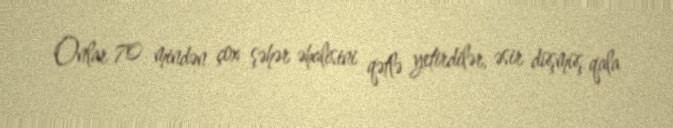
Onlar 70 mindən çox şəhər əhalisini qətlə yetirdilər, əsir düşmüş qala